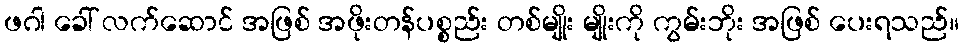
ဖဂါ ခေါ် လက်ဆောင် အဖြစ် အဖိုးတန်ပစ္စည်း တစ်မျိုး မျိုးကို ကွမ်းဘိုး အဖြစ် ပေးရသည်။